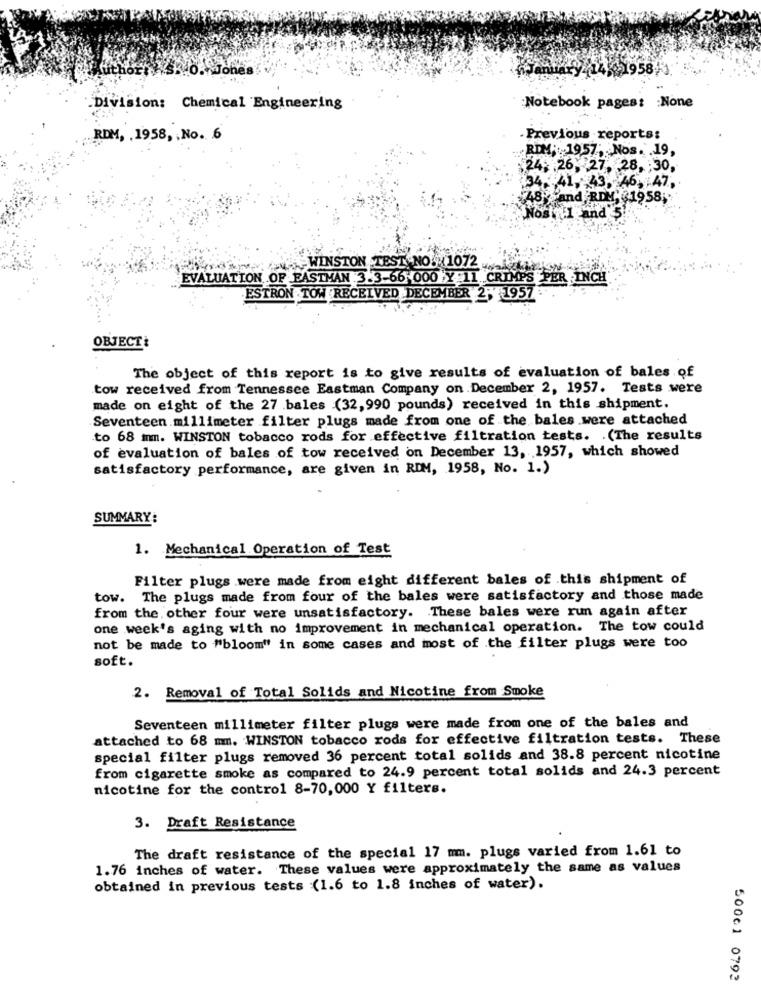
0. WJones
.Division: Chemical Engineering
Notebook pages: : None
RDM, . 1958, , No. 6
· Previous reports:
RIM; 1957; Nos. . 19,
,24: 26, 27, 28, : 30,
34. 41,43, 46, : 47,
Brand RDM, $1958 ;.
Nos and's !!
WINSTON TEST. NO. 1072
EVALUATION OF EASTMAN 3.3-66 000 Y 11 CRIMPS PER INCH
ESTRON TOW RECEIVED DECEMBER 2; 1957:
OBJECT
The object of this report is to give results of evaluation of bales of
tow received from Tennessee Eastman Company on December 2, 1957. Tests were
made on eight of the 27 .bales (32, 990 pounds) received in this shipment.
Seventeen millimeter filter plugs made from one of the bales were attached
to 68 mnm. WINSTON tobacco rods for effective filtration tests. . (The results
of evaluation of bales of tow received on December 13, 1957, which showed
satisfactory performance, are given in RDM, 1958, No. 1.)
SUMMARY:
1. Mechanical Operation of Test
Filter plugs were made from eight different bales of this shipment of
tow. The plugs made from four of the bales were satisfactory and those made
from the other four were unsatisfactory. These bales were run again after
one week's aging with no improvement in mechanical operation. The tow could
not be made to "bloom" in some cases and most of the filter plugs were too
soft.
2. Removal of Total Solids and Nicotine from Smoke
Seventeen millimeter filter plugs were made from one of the bales and
attached to 68 mm. WINSTON tobacco rods for effective filtration tests. These
special filter plugs removed 36 percent total solids and 38.8 percent nicotine
from cigarette smoke as compared to 24.9 percent total solids and 24.3 percent
nicotine for the control 8-70,000 Y filters.
3. Draft Resistance
The draft resistance of the special 17 mm. plugs varied from 1.61 to
1.76 inches of water. These values were approximately the same as values
obtained in previous tests (1.6 to 1.8 inches of water).
50061 0793